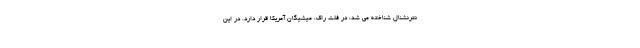
نترنشنال شناخته می شد، در فلت راک، میشیگان آمریکا قرار دارد. در این